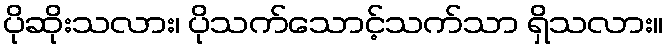
ပိုဆိုးသလား၊ ပိုသက်သောင့်သက်သာ ရှိသလား။